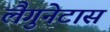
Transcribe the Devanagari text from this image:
लैगुनेटास